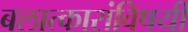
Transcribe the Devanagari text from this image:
बलात्कारांविषयी